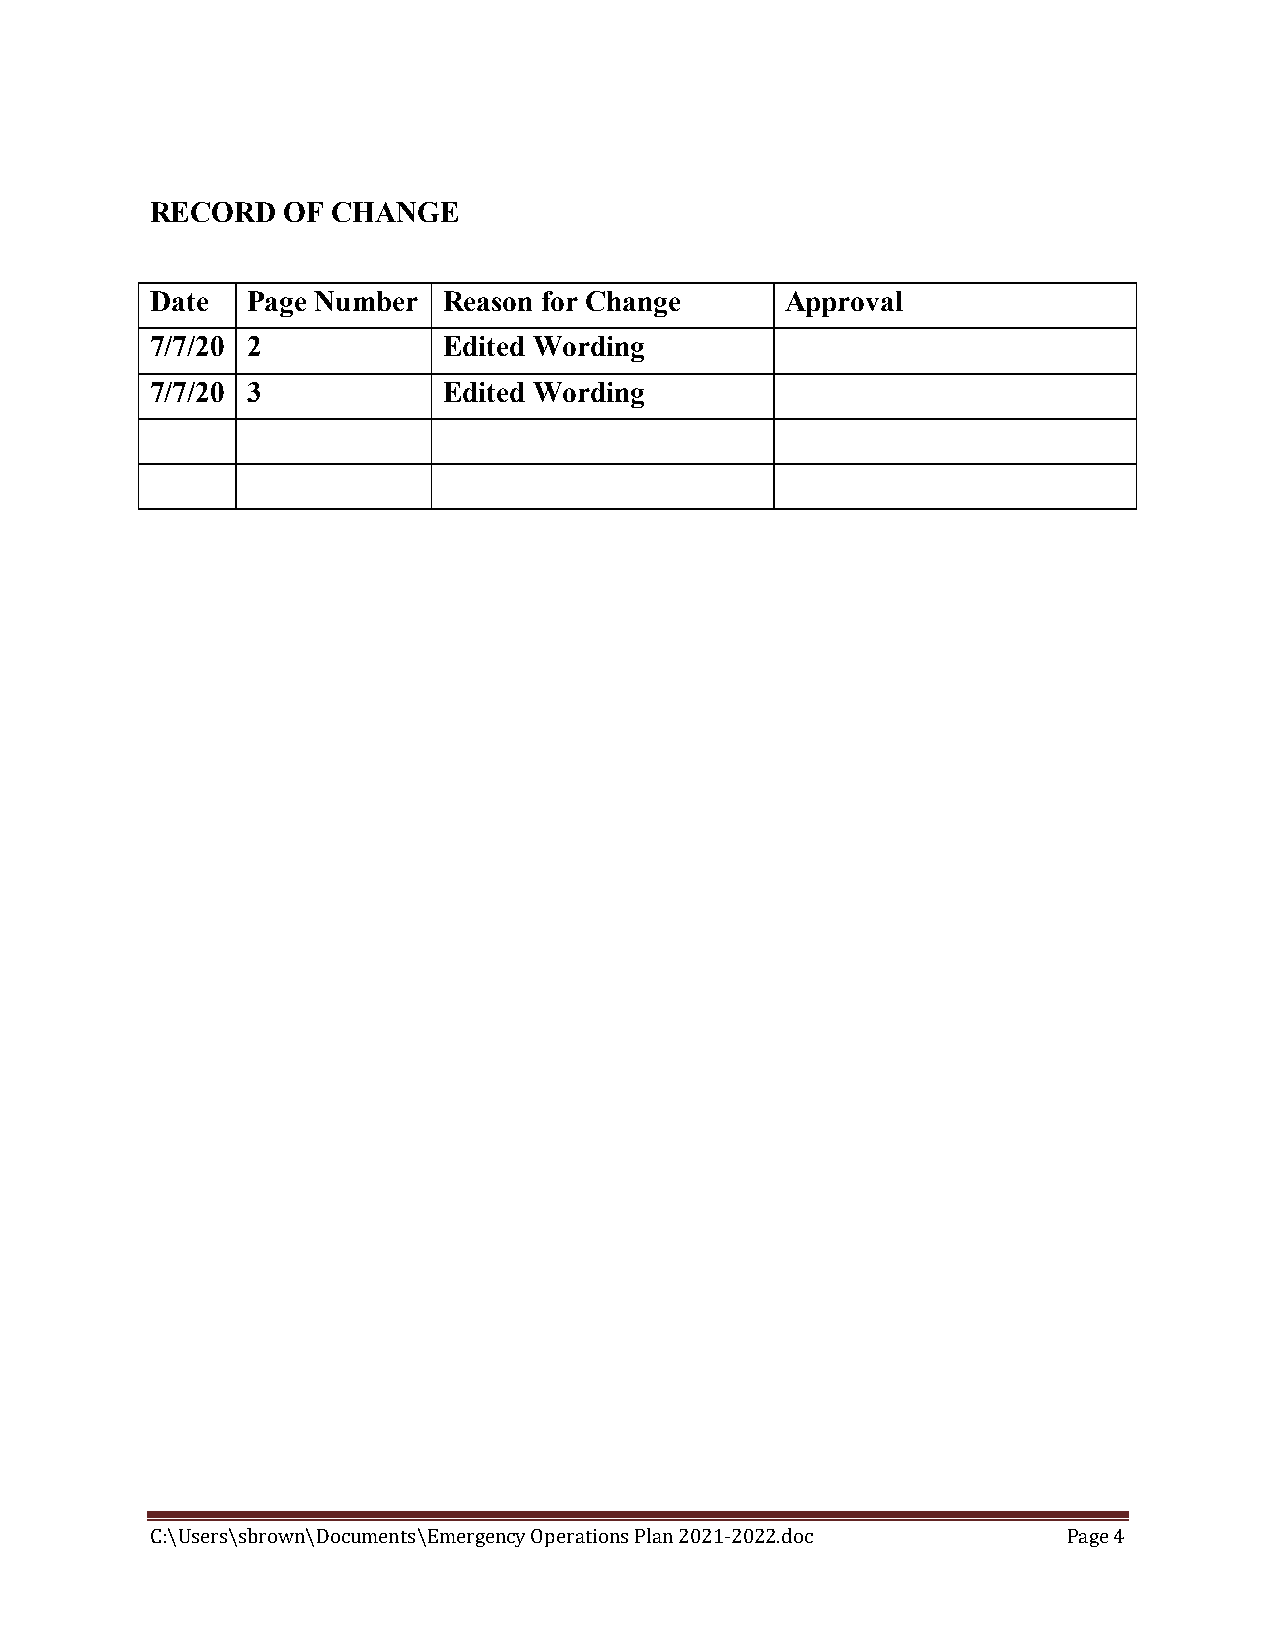
RECORD   OF CHANGE
 Date  Page Number  Reason for Change      Approval
 7/7/20 2           Edited Wording
 7/7/20 3           Edited Wording
 C:\Users\sbrown\Documents\Emergency Operations Plan 2021-2022.doc Page 4